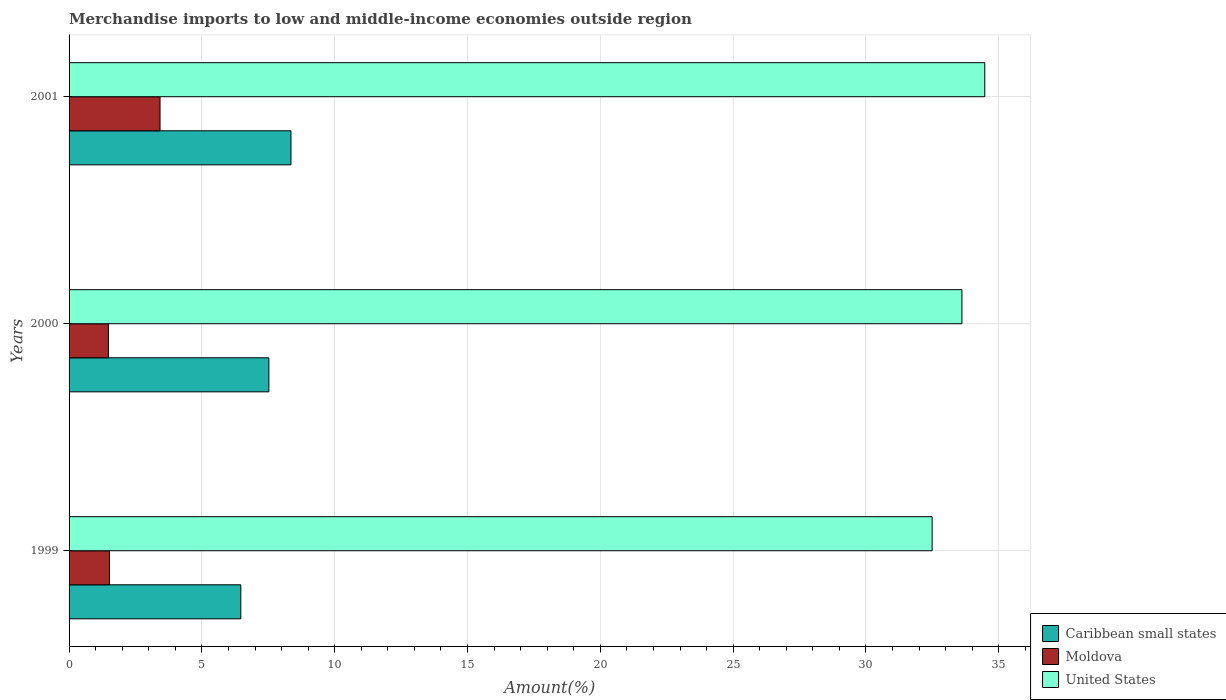
| Years | Caribbean small states | Moldova | United States |
 | --- | --- | --- | --- |
 | 1999 | 6.47 | 1.52 | 32.5 |
 | 2000 | 7.52 | 1.48 | 33.6 |
 | 2001 | 8.35 | 3.42 | 34.5 |